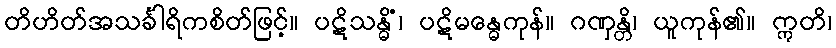
တိဟိတ်အသင်္ခါရိကစိတ်ဖြင့်။ ပဋိသန္ဓိံ၊ ပဋိမန္ဓေကုန်။ ဂဏှန္တိ၊ ယူကုန်၏။ ဣတိ၊